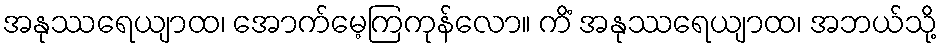
အနုဿရေယျာထ၊ အောက်မေ့ကြကုန်လော။ ကိံ အနုဿရေယျာထ၊ အဘယ်သို့